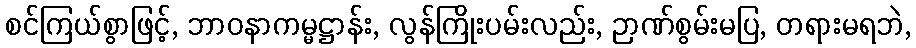
စင်ကြယ်စွာဖြင့်, ဘာဝနာကမ္မဋ္ဌာန်း, လွန်ကြိုးပမ်းလည်း, ဉာဏ်စွမ်းမပြ, တရားမရဘဲ,